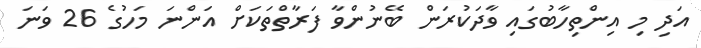
އަދި މި އިންތިހާބުގައި ވާދަކުރަން ބޭނުންވާ ފަރާތްތަކަށް އަންނަ މަހުގެ 26 ވަނަ